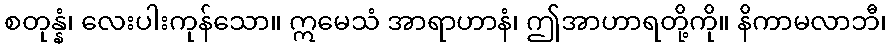
စတုန္နံ၊ လေးပါးကုန်သော။ ဣမေသံ အာရာဟာနံ၊ ဤအာဟာရတို့ကို။ နိကာမလာဘီ၊